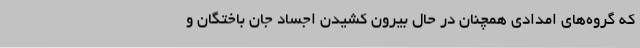
که گروه‌های امدادی همچنان در حال بیرون کشیدن اجساد جان باختگان و